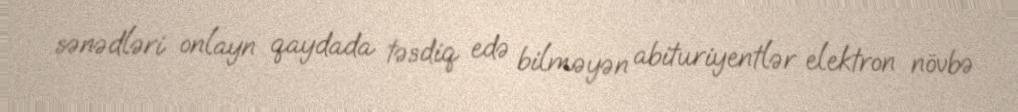
sənədləri onlayn qaydada təsdiq edə bilməyən abituriyentlər elektron növbə